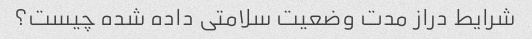
شرایط دراز مدت وضعیت سلامتی داده شده چیست؟